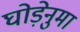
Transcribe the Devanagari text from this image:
घोड़ेनुमा